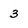
Character: 3